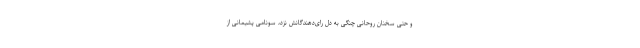
و حتی سخنان روحانی چنگی به دل رای‌دهندگانش نزد، سونامی پشیمانی از